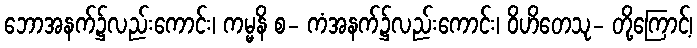
ဘောအနက်၌လည်းကောင်း၊ ကမ္မနိ စ- ကံအနက်၌လည်းကောင်း၊ ဝိဟိတေသု- တို့ကြောင့်၊